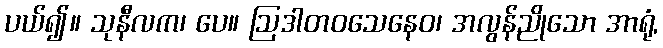
ပယ်၍။ သုနီလက၊ ပေ။ ဩဒါတဝသေနေဝ၊ အလွန်ညိုသော အာရုံ,